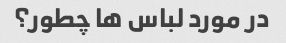
در مورد لباس ها چطور؟